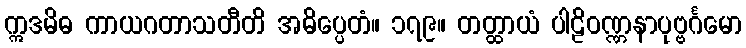
ဣဒမိဓ ကာယဂတာသတီတိ အဓိပ္ပေတံ။ ၁၇၉။ တတ္ထာယံ ပါဠိဝဏ္ဏနာပုဗ္ဗင်္ဂမော